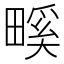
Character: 𤲺